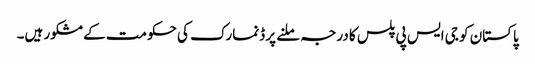
پاکستان کو جی ایس پی پلس کا درجہ ملنے پر ڈنمارک کی حکومت کے مشکور ہیں۔